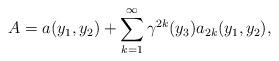
LaTeX: \begin{align*}A=a(y_{1},y_{2})+\sum_{k=1}^{\infty} {\gamma}^{2k}(y_{3})a_{2k}(y_{1},y_{2}),\end{align*}